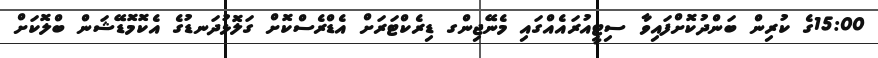
15:00ގެ ކުރިން ބަންދުކޮށްފައިވާ ސިޓީއުރައެއްގައި މެނޭޖިންގ ޑިރެކްޓަރަށް އެޑްރެސްކޮށް ގަލޮޅުދަނޑުގެ އެކޮމޮޑޭޝަން ބްލޮކަށް